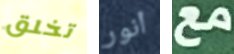
تخلق أنور مع